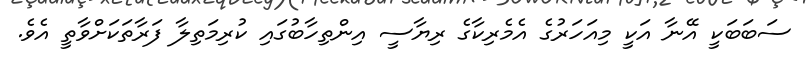
ސަބަބަކީ އޭނާ އަކީ މިއަހަރުގެ އެމެރިކާގެ ރިޔާސީ އިންތިހާބުގައި ކުރިމަތިލާ ފަރާތަކަށްވާތީ އެވެ.